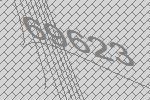
69623